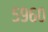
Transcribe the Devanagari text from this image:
५९६०